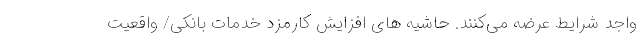
واجد شرایط عرضه می‌کنند. حاشیه های افزایش کارمزد خدمات بانکی/ واقعیت